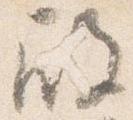
殿